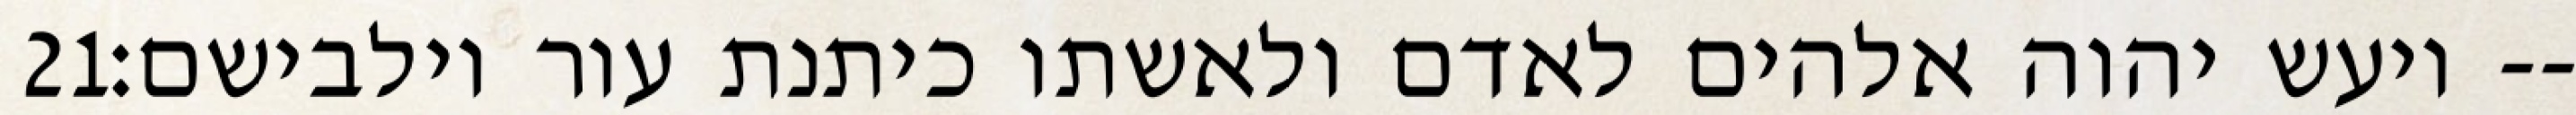
‎21‏ ויעש יהוה אלהים לאדם ולאשתו כיתנת עור וילבישם׃--